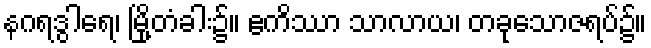
နဂရဒွါရေ၊ မြို့တံခါး၌။ ဧကိဿာ သာလာယ၊ တခုသောဇရပ်၌။